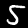
Digit: 5